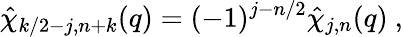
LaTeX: \hat{\chi}_{k/2-j,n+k}(q)=(-1)^{j-n/2}\hat{\chi}_{j,n}(q)~,